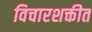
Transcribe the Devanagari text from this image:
विचारशक्तीत